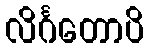
လိင်္ဂတောပိ